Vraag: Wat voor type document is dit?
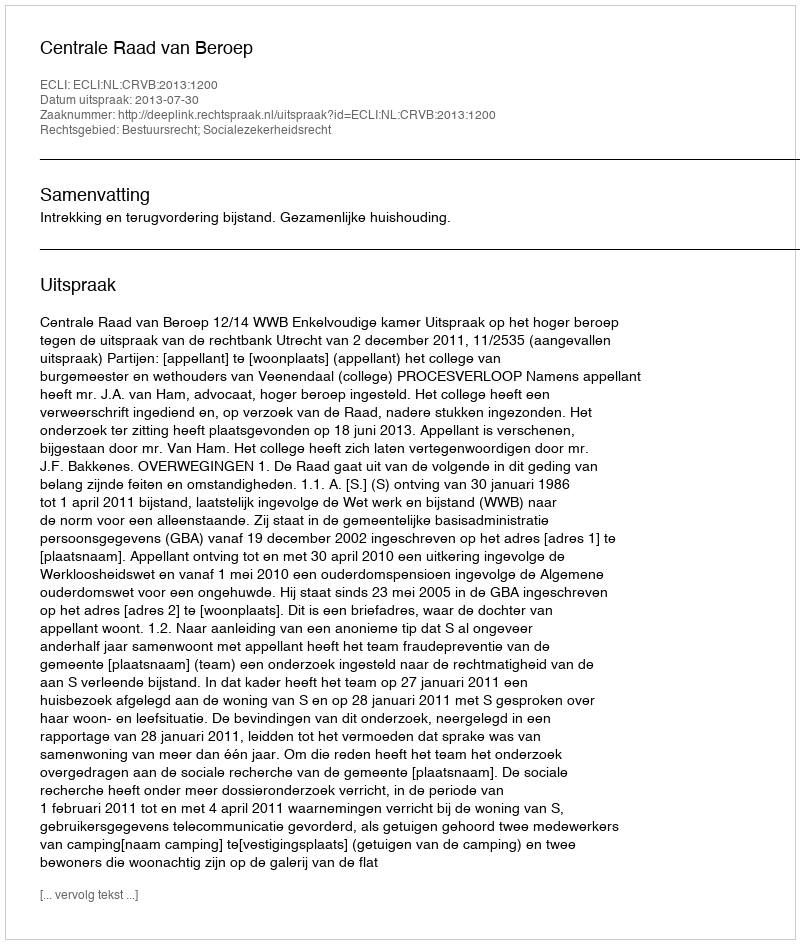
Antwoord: Uitspraak